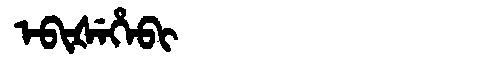
Manchu: ᡝᠪᡳᡧᡝᡥᡝᠪᡳ
Romanization: EBIŠEHEBI